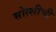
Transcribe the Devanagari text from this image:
सोत्शीची